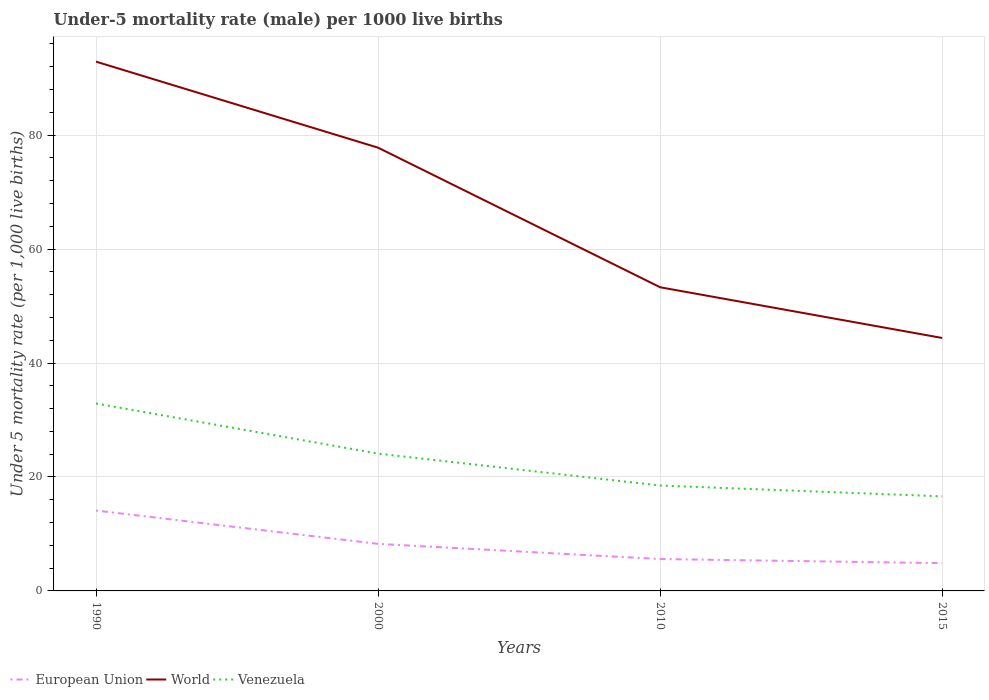
| Years | European Union | World | Venezuela |
 | --- | --- | --- | --- |
 | 1990 | 14.1 | 92.9 | 32.9 |
 | 2000 | 8.26 | 77.8 | 24.1 |
 | 2010 | 5.6 | 53.3 | 18.5 |
 | 2015 | 4.88 | 44.4 | 16.6 |